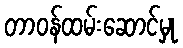
တာဝန်ထမ်းဆောင်မှု